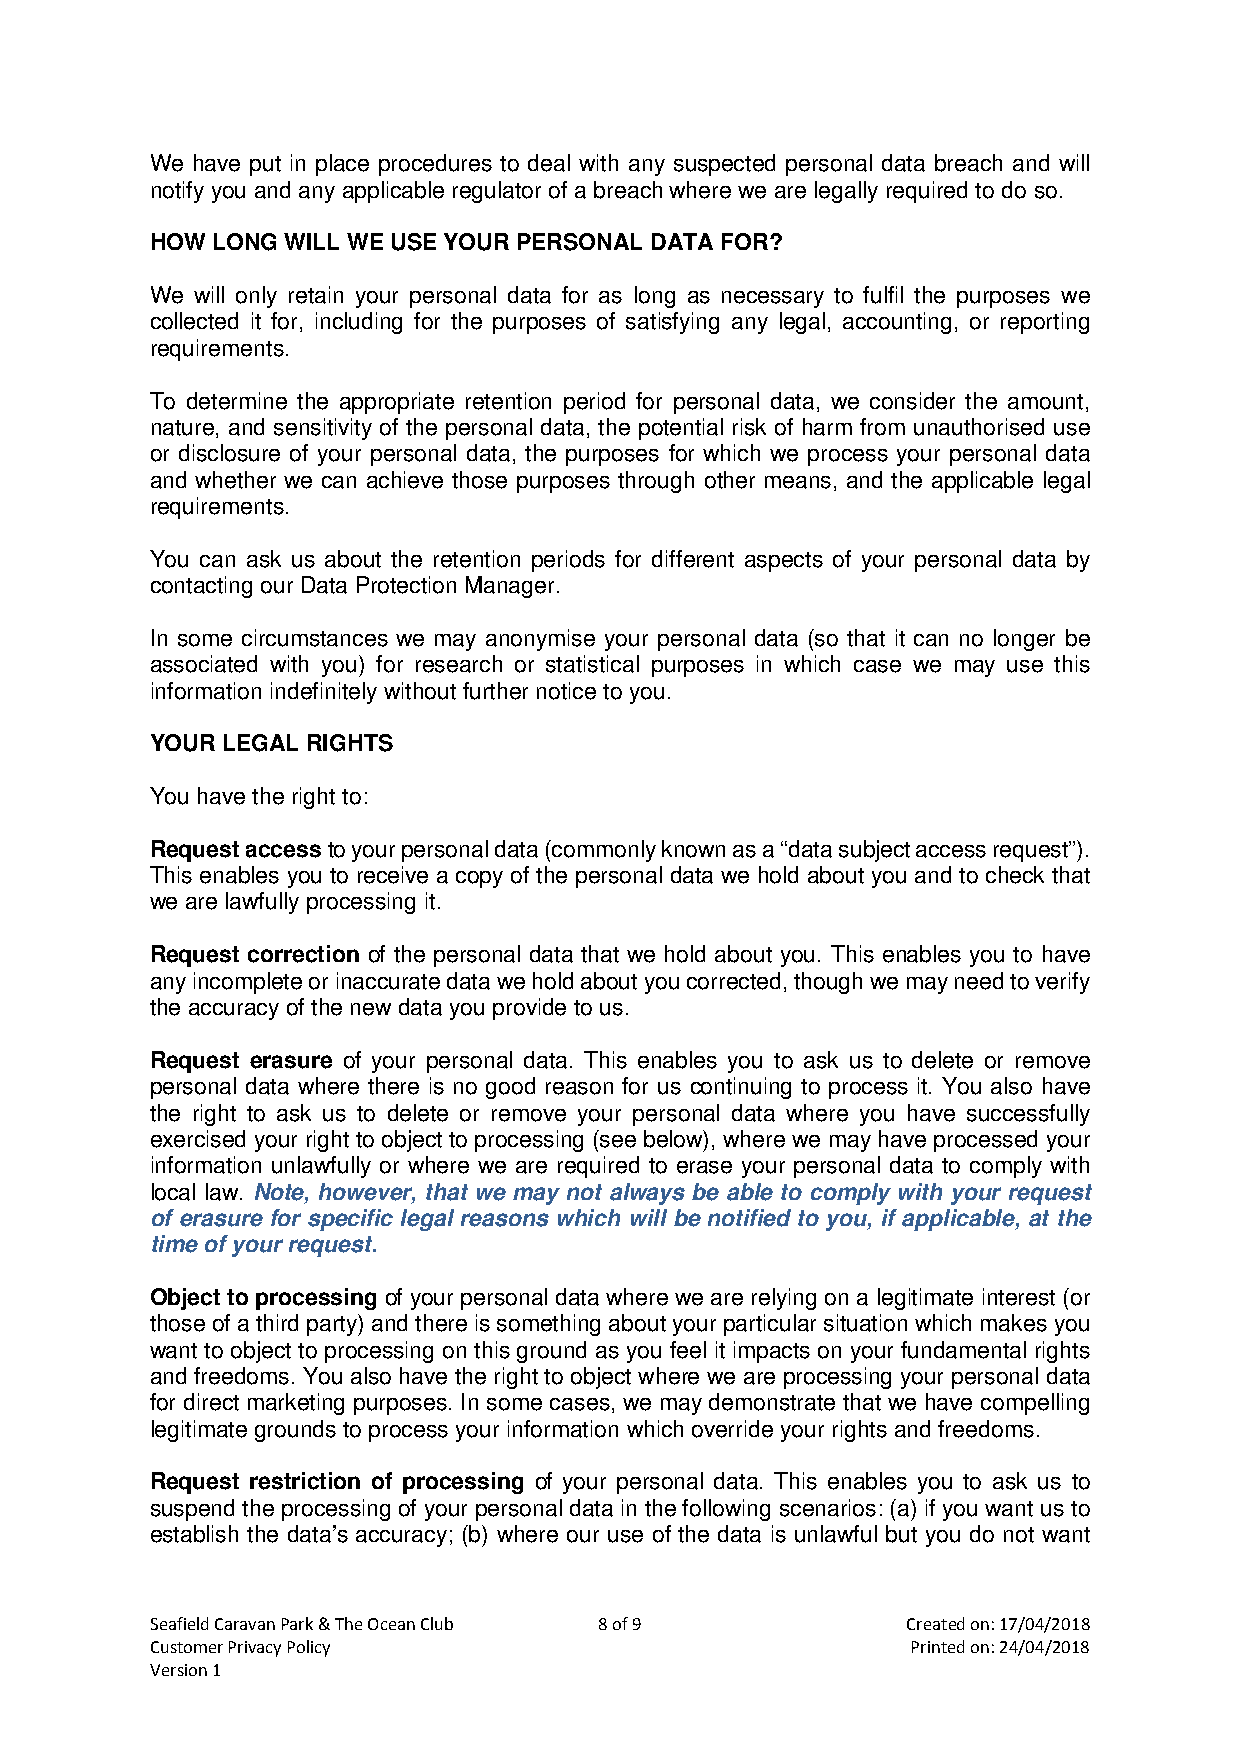
We have put in place procedures to deal with any suspected personal data breach and will
 notify you and any applicable regulator of a breach where we are legally required to do so.
 HOW LONG WILL WE USE YOUR PERSONAL DATA FOR?
 We will only retain your personal data for as long as necessary to fulfil the purposes we
 collected it for, including for the purposes of satisfying any legal, accounting, or reporting
 requirements.
 To determine the appropriate retention period for personal data, we consider the amount,
 nature, and sensitivity of the personal data, the potential risk of harm from unauthorised use
 or disclosure of your personal data, the purposes for which we process your personal data
 and whether we can achieve those purposes through other means, and the applicable legal
 requirements.
 You can ask us about the retention periods for different aspects of your personal data by
 contacting our Data Protection Manager.
 In some circumstances we may anonymise your personal data (so that it can no longer be
 associated with you) for research or statistical purposes in which case we may use this
 information indefinitely without further notice to you.
 YOUR LEGAL RIGHTS
 You have the right to:
 Request access to your personal data (commonly known as a “data subject access request”).
 This enables you to receive a copy of the personal data we hold about you and to check that
 we are lawfully processing it.
 Request correction of the personal data that we hold about you. This enables you to have
 any incomplete or inaccurate data we hold about you corrected, though we may need to verify
 the accuracy of the new data you provide to us.
 Request erasure of your personal data. This enables you to ask us to delete or remove
 personal data where there is no good reason for us continuing to process it. You also have
 the right to ask us to delete or remove your personal data where you have successfully
 exercised your right to object to processing (see below), where we may have processed your
 information unlawfully or where we are required to erase your personal data to comply with
 local law. Note, however, that we may not always be able to comply with your request
 of erasure for specific legal reasons which will be notified to you, if applicable, at the
 time of your request.
 Object to processing of your personal data where we are relying on a legitimate interest (or
 those of a third party) and there is something about your particular situation which makes you
 want to object to processing on this ground as you feel it impacts on your fundamental rights
 and freedoms. You also have the right to object where we are processing your personal data
 for direct marketing purposes. In some cases, we may demonstrate that we have compelling
 legitimate grounds to process your information which override your rights and freedoms.
 Request restriction of processing of your personal data. This enables you to ask us to
 suspend the processing of your personal data in the following scenarios: (a) if you want us to
 establish the data’s accuracy; (b) where our use of the data is unlawful but you do not want
 Seafield Caravan Park & The Ocean Club 8 of 9     Created on: 17/04/2018
 Customer Privacy Policy                           Printed on: 24/04/2018
 Version 1